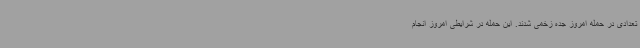
تعدادی در حمله امروز جده زخمی شدند. این حمله در شرایطی امروز انجام